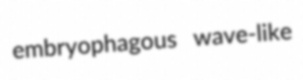
embryophagous wave-like